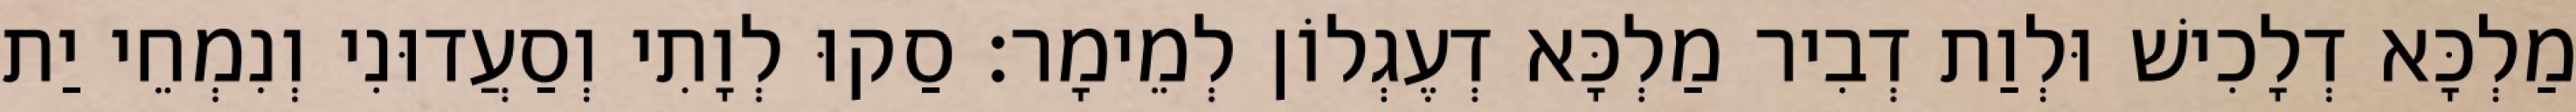
מַלְכָּא דְלָכִישׁ וּלְוַת דְבִיר מַלְכָּא דְעֶגְלוֹן לְמֵימָר׃ סַקוּ לְוָתִי וְסַעֲדוּנִי וְנִמְחֵי יַת